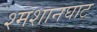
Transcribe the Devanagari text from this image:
श्मशानघाट